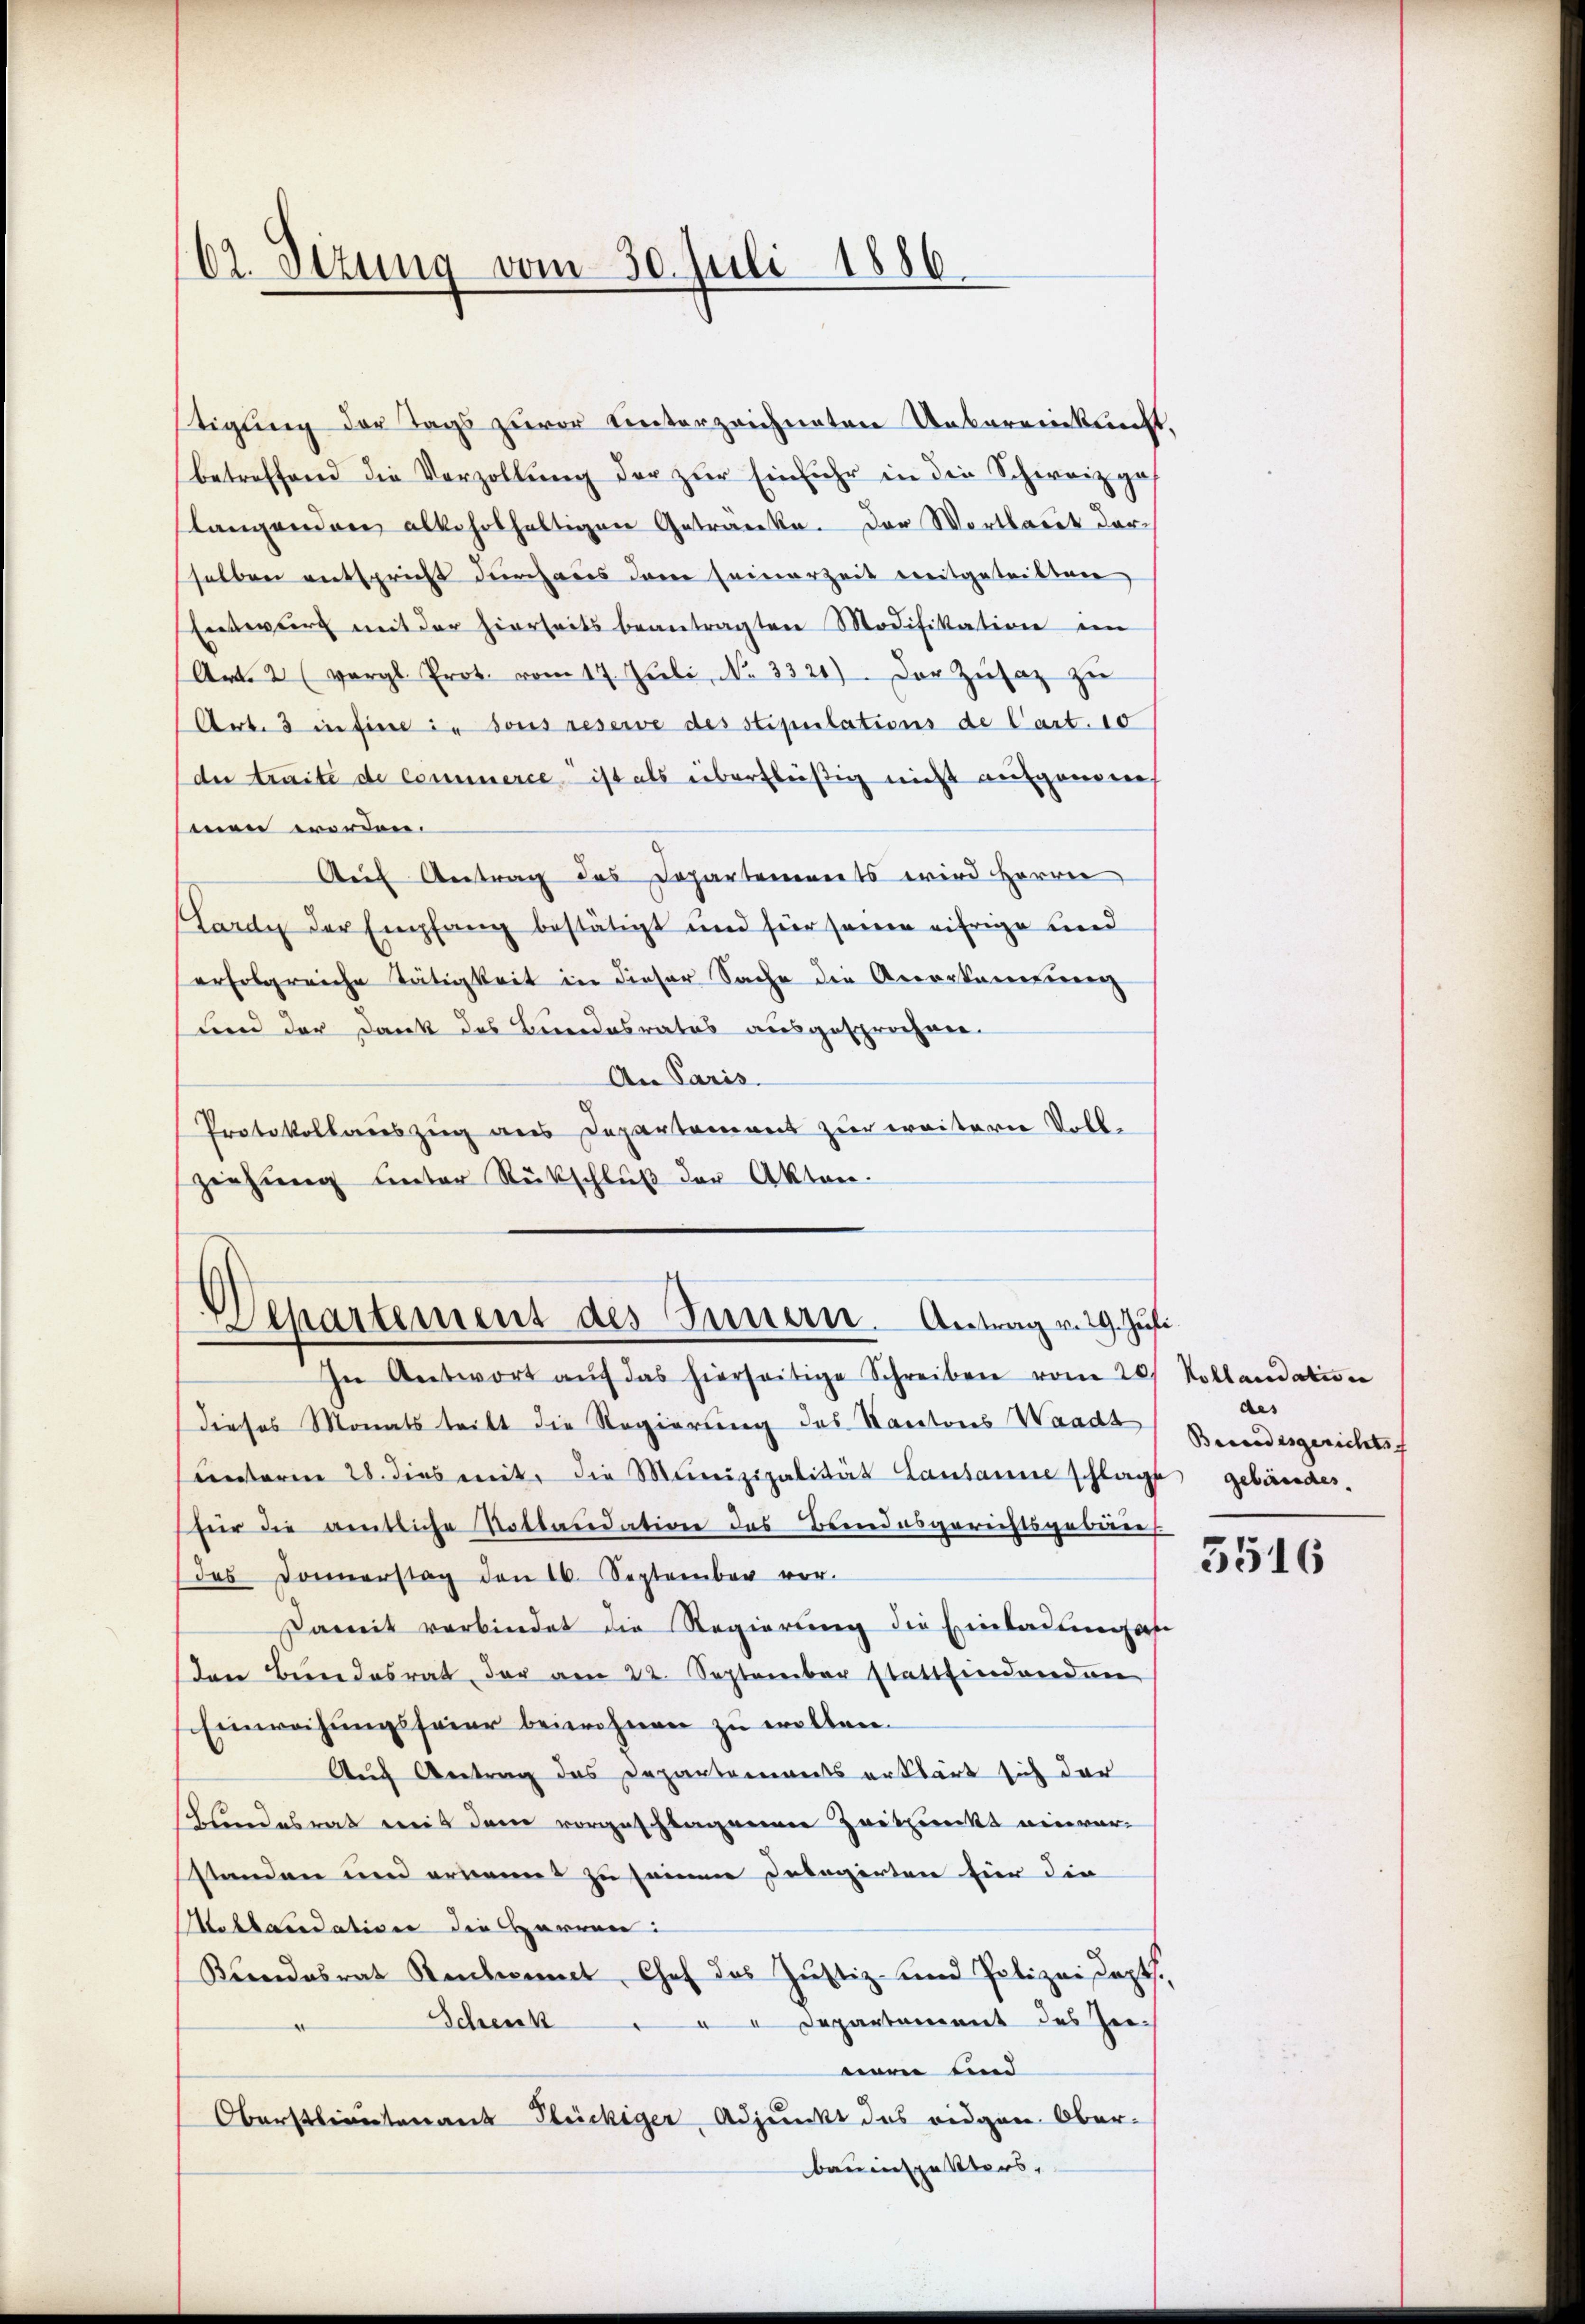
62. Sizung vom 30. Juli 1886.

stigung der Tags zuvor unterzeichneten Uebereinkunft
betreffend die Vorzollung der zur Einfuhr in die Schweiz ges
slangenden allehrthaltigen Getränke. Der Wortlaut darselben entspricht durchaus dann seinerzeit treitgeteilbare
Entwurf mit der hierseits beantragten Modifikation im
Art. 2 (vergl. Prot. vom 17. Jŭli, No. 3321) Der Zŭsatz zŭ
Art. 3 in Eine in sous reserve des stipulations de Cart. 10
de traite de commerce ist als überflüßig nicht aufgenom
men worden.
Auf Antrag des Departements wird Herrn
(Lardy der Empfang bestätigt und für seinen eifrige und
erfolgreiche Tätigkeit in dieser Sache die Anerkennung
und der Dank des Bundesrates ausgesprochen.
An Paris.
Protokollauszug aus Departamens zur weiterie Voll-
ziehung unter Rückschluß der Akten.

Departement des Innern. Antrag v. 29. Juli

In Antwort aŭf das hierseitige Schreiben vom 20. Kollandation
dieses Monats teilt die Regierung des Kantons Waadt (Bundesgerichte
unterm 28. dies mit die Munizipalität Lausanne schlagt gebäude,
für die amtliche Notlandation des Beendesgerichtsgebiere
des Donnerstag den 16. September vor.
Pamit verbindet die Regierŭng die Einladung an
den Berndesrat der am 22. September stattfindenden
Einweihungsfeier beiwohnen zu wollen.
Auch Antrag das Departements erklärt sich der
hundesrat weit dem vorgeschlagenen Zeitpunkt einver-
standen und ernannt zu seinen Delegirten für die
Mottasidation die HHerren:
Kundesrat Rentent Chef das Justiz- und Polizeidept.
Schenk " " " Departement des Zee-
neren und
Oberstlieutenant Flückiger, Adjunkt des eidgen. Ober-
bauinspetters,

des

5516